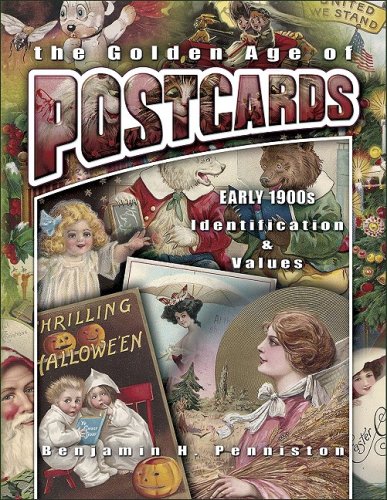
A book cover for The Golden Age of Postcards Early 1900s (Identification & Values (Collector Books)); Benjamin H. Penniston; Crafts, Hobbies & Home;